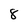
Character: 8